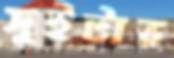
সুইটার